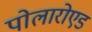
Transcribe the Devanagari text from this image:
पोलारोएड